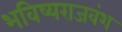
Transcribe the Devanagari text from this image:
भविष्यराजवंश